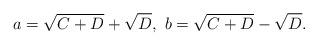
LaTeX: \begin{align*}a = \sqrt{C+D} + \sqrt{D}, \ b = \sqrt{C+D} - \sqrt{D}.\end{align*}